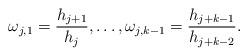
LaTeX: \begin{align*}\omega_{j,1}=\frac{h_{j+1}}{h_j},\ldots,\omega_{j,k-1}=\frac{h_{j+k-1}}{h_{j+k-2}}.\end{align*}